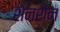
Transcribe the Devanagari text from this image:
शेनशेन